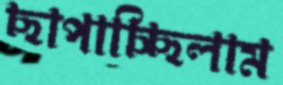
ছাপাচ্ছিলাম